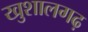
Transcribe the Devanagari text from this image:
खुशालगढ़